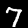
Digit: 7